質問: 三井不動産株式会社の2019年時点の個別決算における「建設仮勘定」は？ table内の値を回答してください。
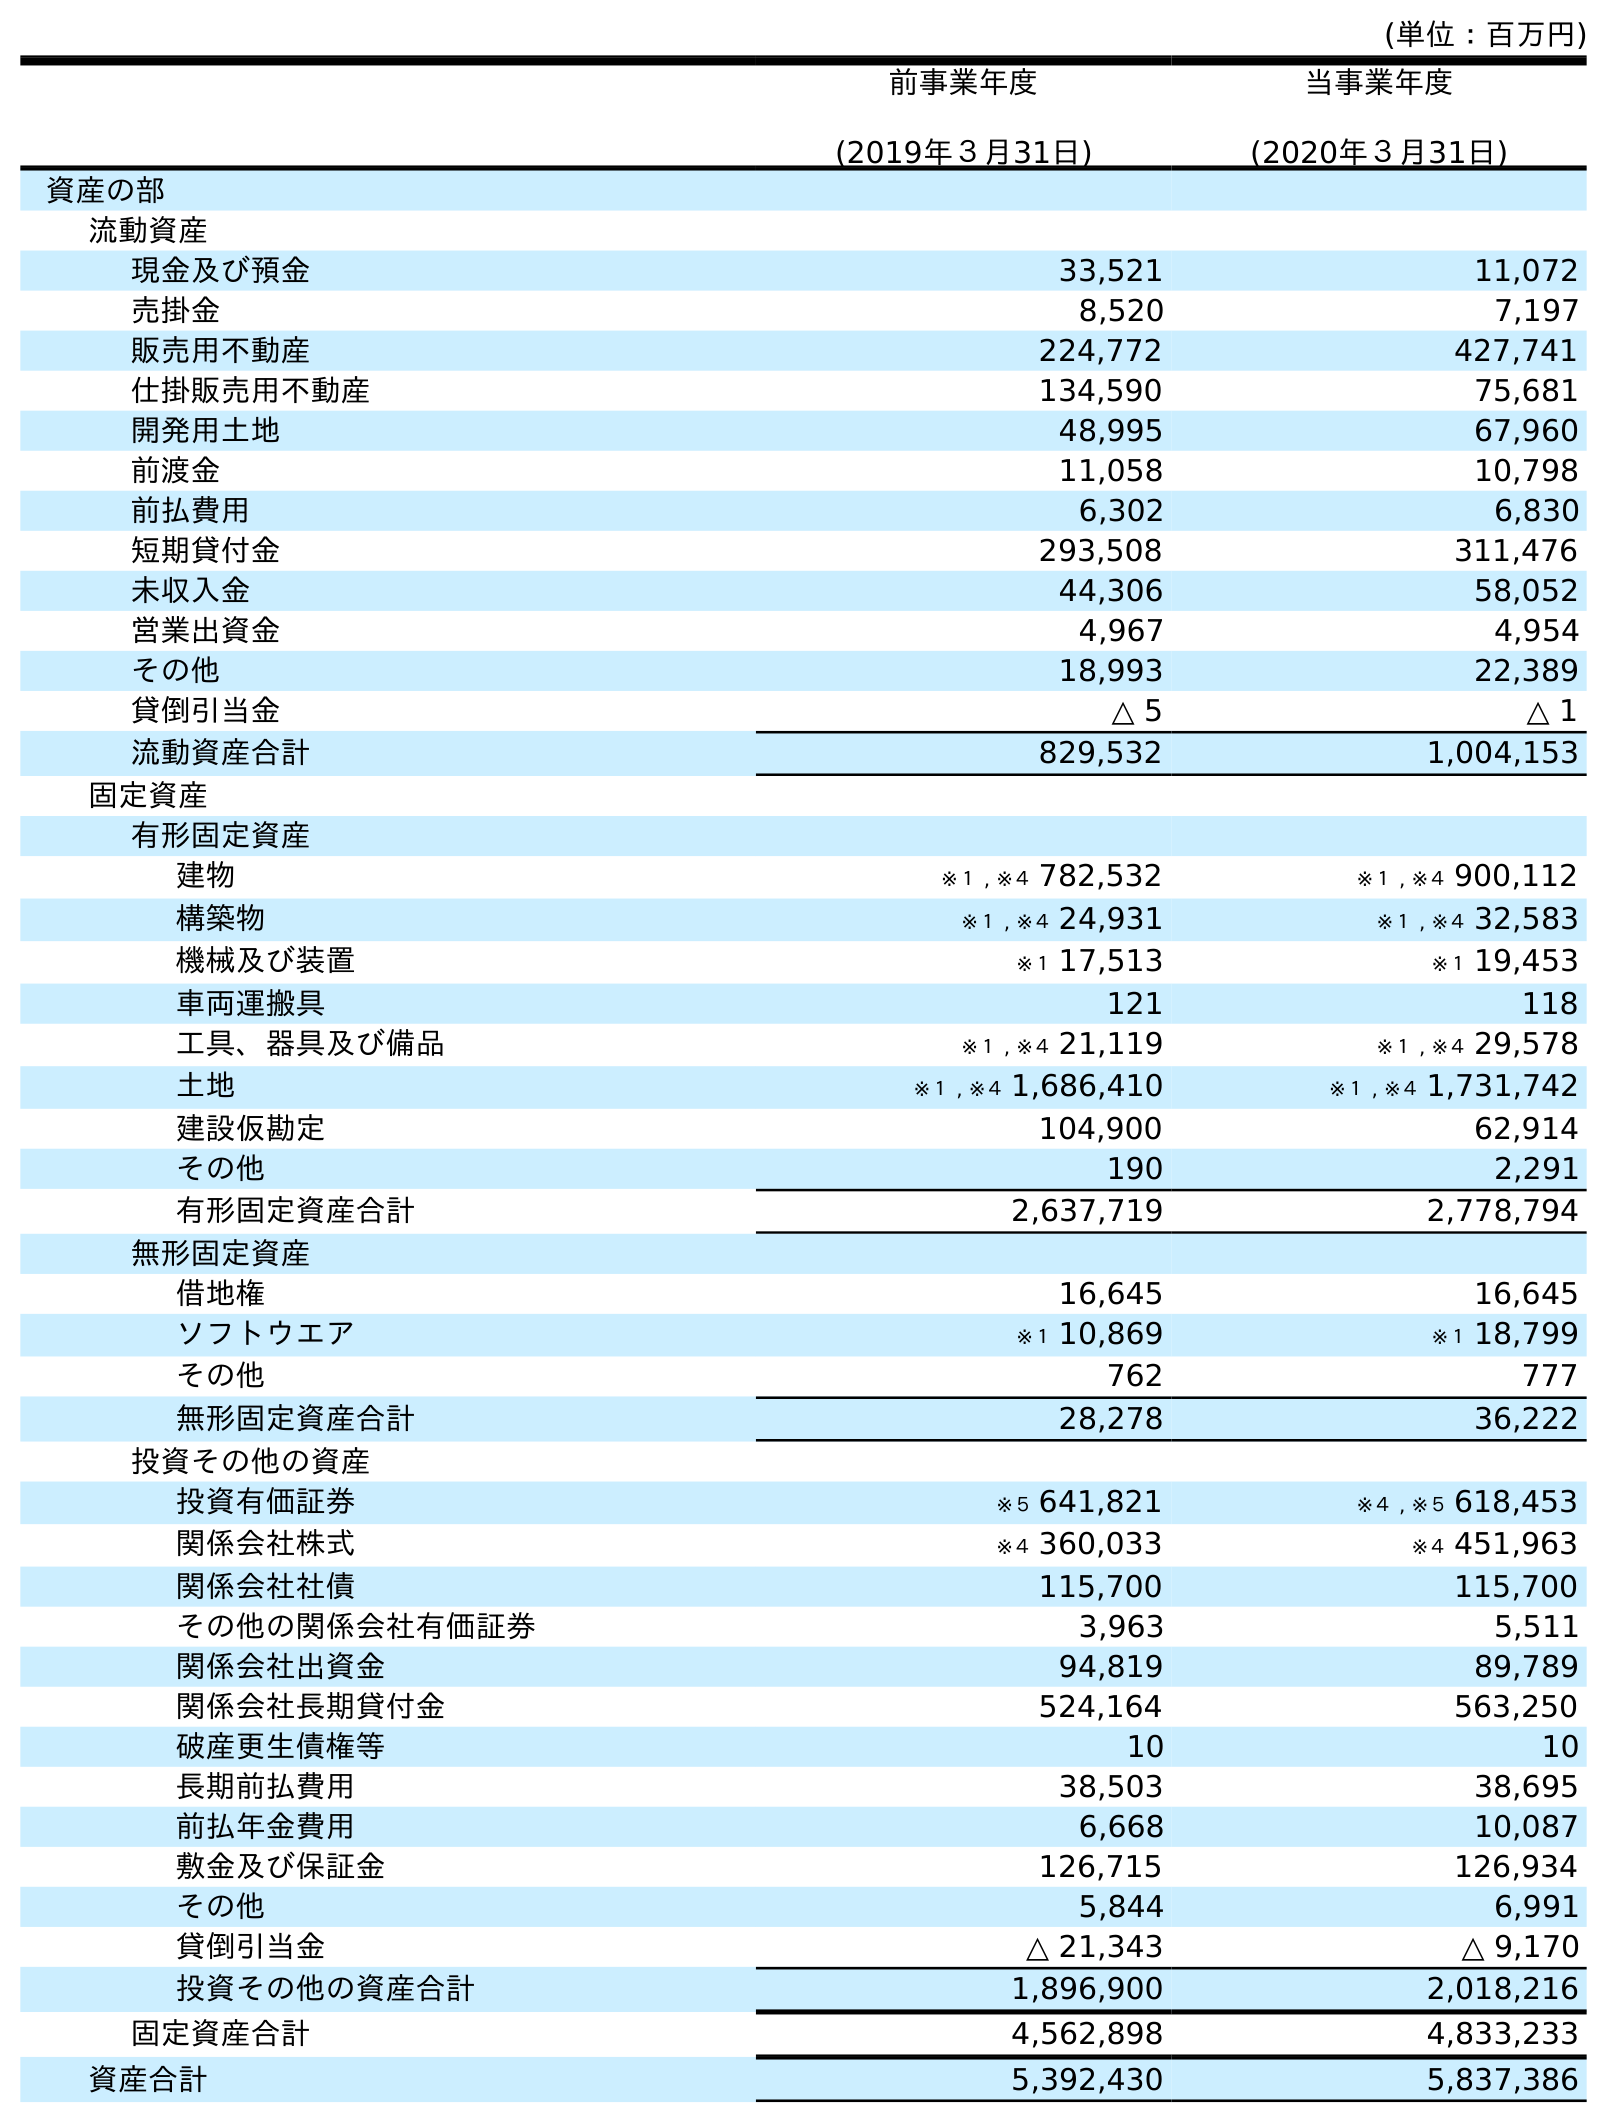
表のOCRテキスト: (単位：百万円) 前事業年度 (2019年３月31日) 当事業年度 (2020年３月31日) 資産の部 流動資産 現金及び預金 33,521 11,072 売掛金 8,520 7,197 販売用不動産 224,772 427,741 仕掛販売用不動産 134,590 75,681 開発用土地 48,995 67,960 前渡金 11,058 10,798 前払費用 6,302 6,830 短期貸付金 293,508 311,476 未収入金 44,306 58,052 営業出資金 4,967 4,954 その他 18,993 22,389 貸倒引当金 △ 5 △ 1 流動資産合計 829,532 1,004,153 固定資産 有形固定資産 建物 ※１ , ※４ 782,532 ※１ , ※４ 900,112 構築物 ※１ , ※４ 24,931 ※１ , ※４ 32,583 機械及び装置 ※１ 17,513 ※１ 19,453 車両運搬具 121 118 工具、器具及び備品 ※１ , ※４ 21,119 ※１ , ※４ 29,578 土地 ※１ , ※４ 1,686,410 ※１ , ※４ 1,731,742 建設仮勘定 104,900 62,914 その他 190 2,291 有形固定資産合計 2,637,719 2,778,794 無形固定資産 借地権 16,645 16,645 ソフトウエア ※１ 10,869 ※１ 18,799 その他 762 777 無形固定資産合計 28,278 36,222 投資その他の資産 投資有価証券 ※５ 641,821 ※４ , ※５ 618,453 関係会社株式 ※４ 360,033 ※４ 451,963 関係会社社債 115,700 115,700 その他の関係会社有価証券 3,963 5,511 関係会社出資金 94,819 89,789 関係会社長期貸付金 524,164 563,250 破産更生債権等 10 10 長期前払費用 38,503 38,695 前払年金費用 6,668 10,087 敷金及び保証金 126,715 126,934 その他 5,844 6,991 貸倒引当金 △ 21,343 △ 9,170 投資その他の資産合計 1,896,900 2,018,216 固定資産合計 4,562,898 4,833,233 資産合計 5,392,430 5,837,386
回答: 104,900